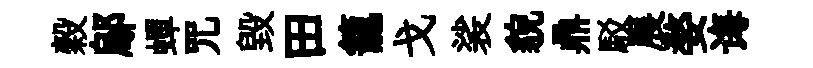
穀鄔蟬咒毀田籠戈裟貌鼎駁展婺诲